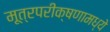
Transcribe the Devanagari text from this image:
मूत्रपरीक्षणामध्ये